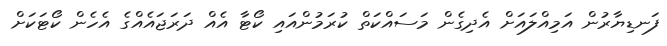
ފަނޑިޔާރުން އަމިއްލައަށް އެދިގެން މަސައްކަތް ކުރަމުންއައި ކޯޓާ އެއް ދަރަޖައެއްގެ އެހެން ކޯޓަކަށް